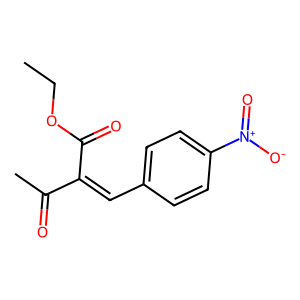
SMILES: CCOC(=O)C(=Cc1ccc([N+](=O)[O-])cc1)C(C)=O
Inhibits HIV replication: No